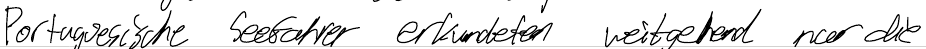
Portugiesische Seefahrer erkundeten weitgehend nur die